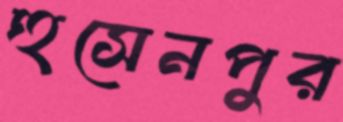
হুসেনপুর